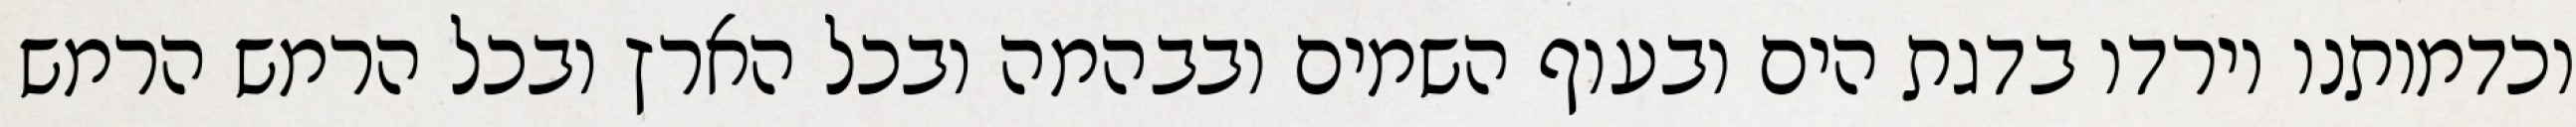
וכדמותנו וירדו בדגת הים ובעוף השמים ובבהמה ובכל הארץ ובכל הרמש הרמש